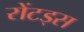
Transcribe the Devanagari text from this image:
रोंटड्स